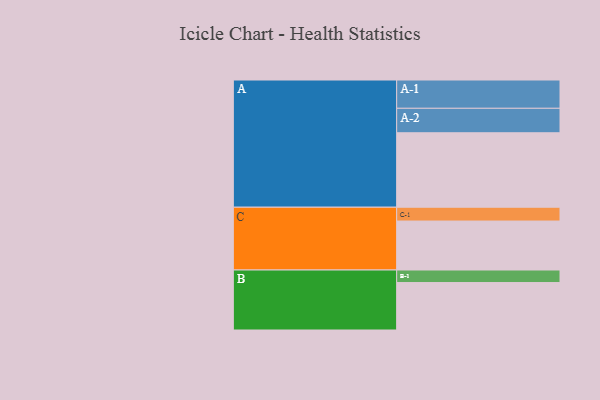
{"axis": {"x": "Segment", "y": "Value"}, "legend": ["", "A", "B", "C"], "data": [{"x": "A", "y": 587, "type": ""}, {"x": "B", "y": 374, "type": ""}, {"x": "C", "y": 386, "type": ""}, {"x": "A-1", "y": 223, "type": "A"}, {"x": "A-2", "y": 193, "type": "A"}, {"x": "B-1", "y": 99, "type": "B"}, {"x": "C-1", "y": 109, "type": "C"}]}